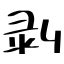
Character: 剥